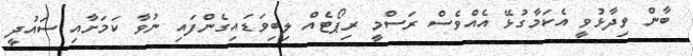
ބާން ވިދާޅުވީ އެކަމާގުޅޭ އެއްވެސް ރަސްމީ ރިޕޯޓެއް ލިބިވަޑައިގެންފައި ނުވާ ކަމަށާއި ސައުދީ